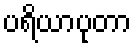
ပရိယာပုတာ